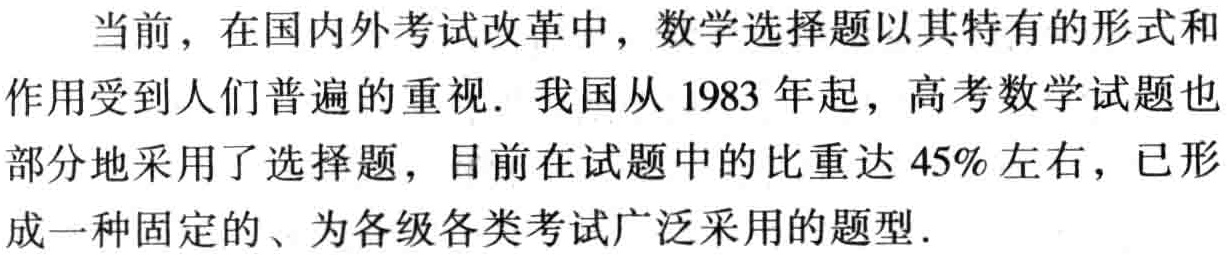
当前，在国内外考试改革中，数学选择题以其特有的形式和
作用受到人们普遍的重视．我国从 1983 年起，高考数学试题也
部分地采用了选择题，目前在试题中的比重达 45%左右，已形
成一种固定的、为各级各类考试广泛采用的题型．